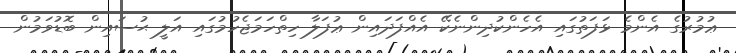
ޢުމުރުގެ އެންމެ ޅަފަތުގައި އެހެންކުދިންނެކޭ އެއްފަދައިން ޢުފަލާ ހިތްހަމަޖެހުމުގައި އަލީ ޙުސައިން ބޮޑުވަމުން